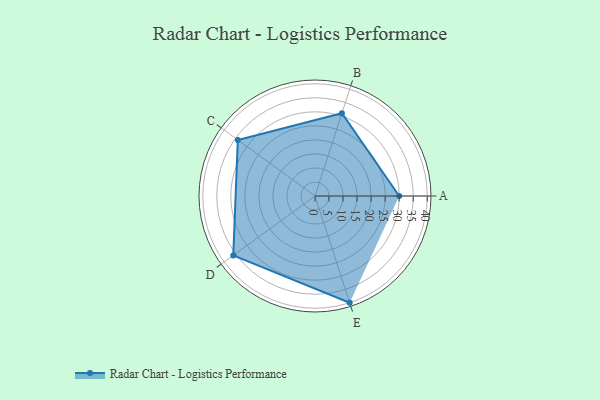
{"axis": {"x": "Skill", "y": "Score"}, "legend": ["Profile"], "data": [{"x": "A", "y": 30.0, "type": "Profile"}, {"x": "B", "y": 31.0, "type": "Profile"}, {"x": "C", "y": 34.0, "type": "Profile"}, {"x": "D", "y": 36.0, "type": "Profile"}, {"x": "E", "y": 40.0, "type": "Profile"}]}